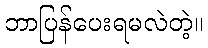
ဘာပြန်ပေးရမလဲတဲ့။